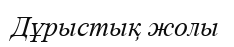
Дұрыстық жолы